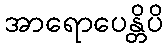
အာရောပေန္တိပိ